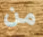
من